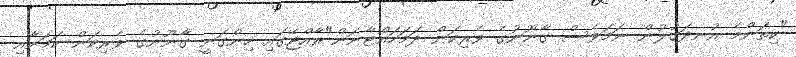
"ކިތަންމެ އުނދަގުލުން ނަމަވެސް ގާނޫނުގެ ވެރިކަން ދަމަހައްޓާނަން"ރާއްޖޭގައި ހިންގަނީ ގާނޫނުގެ ވެރިކަން ކަމަށާއި